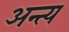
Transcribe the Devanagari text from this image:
अन्‍त्‍य